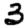
Digit: 3